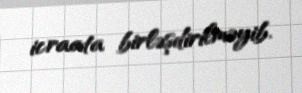
icraata birləşdirilməyib.